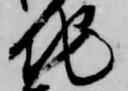
地